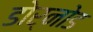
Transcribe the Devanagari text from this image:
डोर्नोड